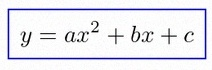
y=ax^2+bx+c